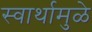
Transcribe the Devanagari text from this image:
स्वार्थामुळे